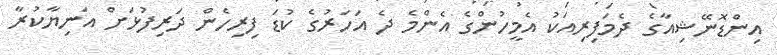
އިންޑޮނޭޝިއާގެ ދެމަފިރިއަކު އެމީހުންގެ އެންމެ ދެ އަހަރުގެ ކުޑަ ފިރިހެން ދަރިފުޅަށް އަނިޔާކުރާ